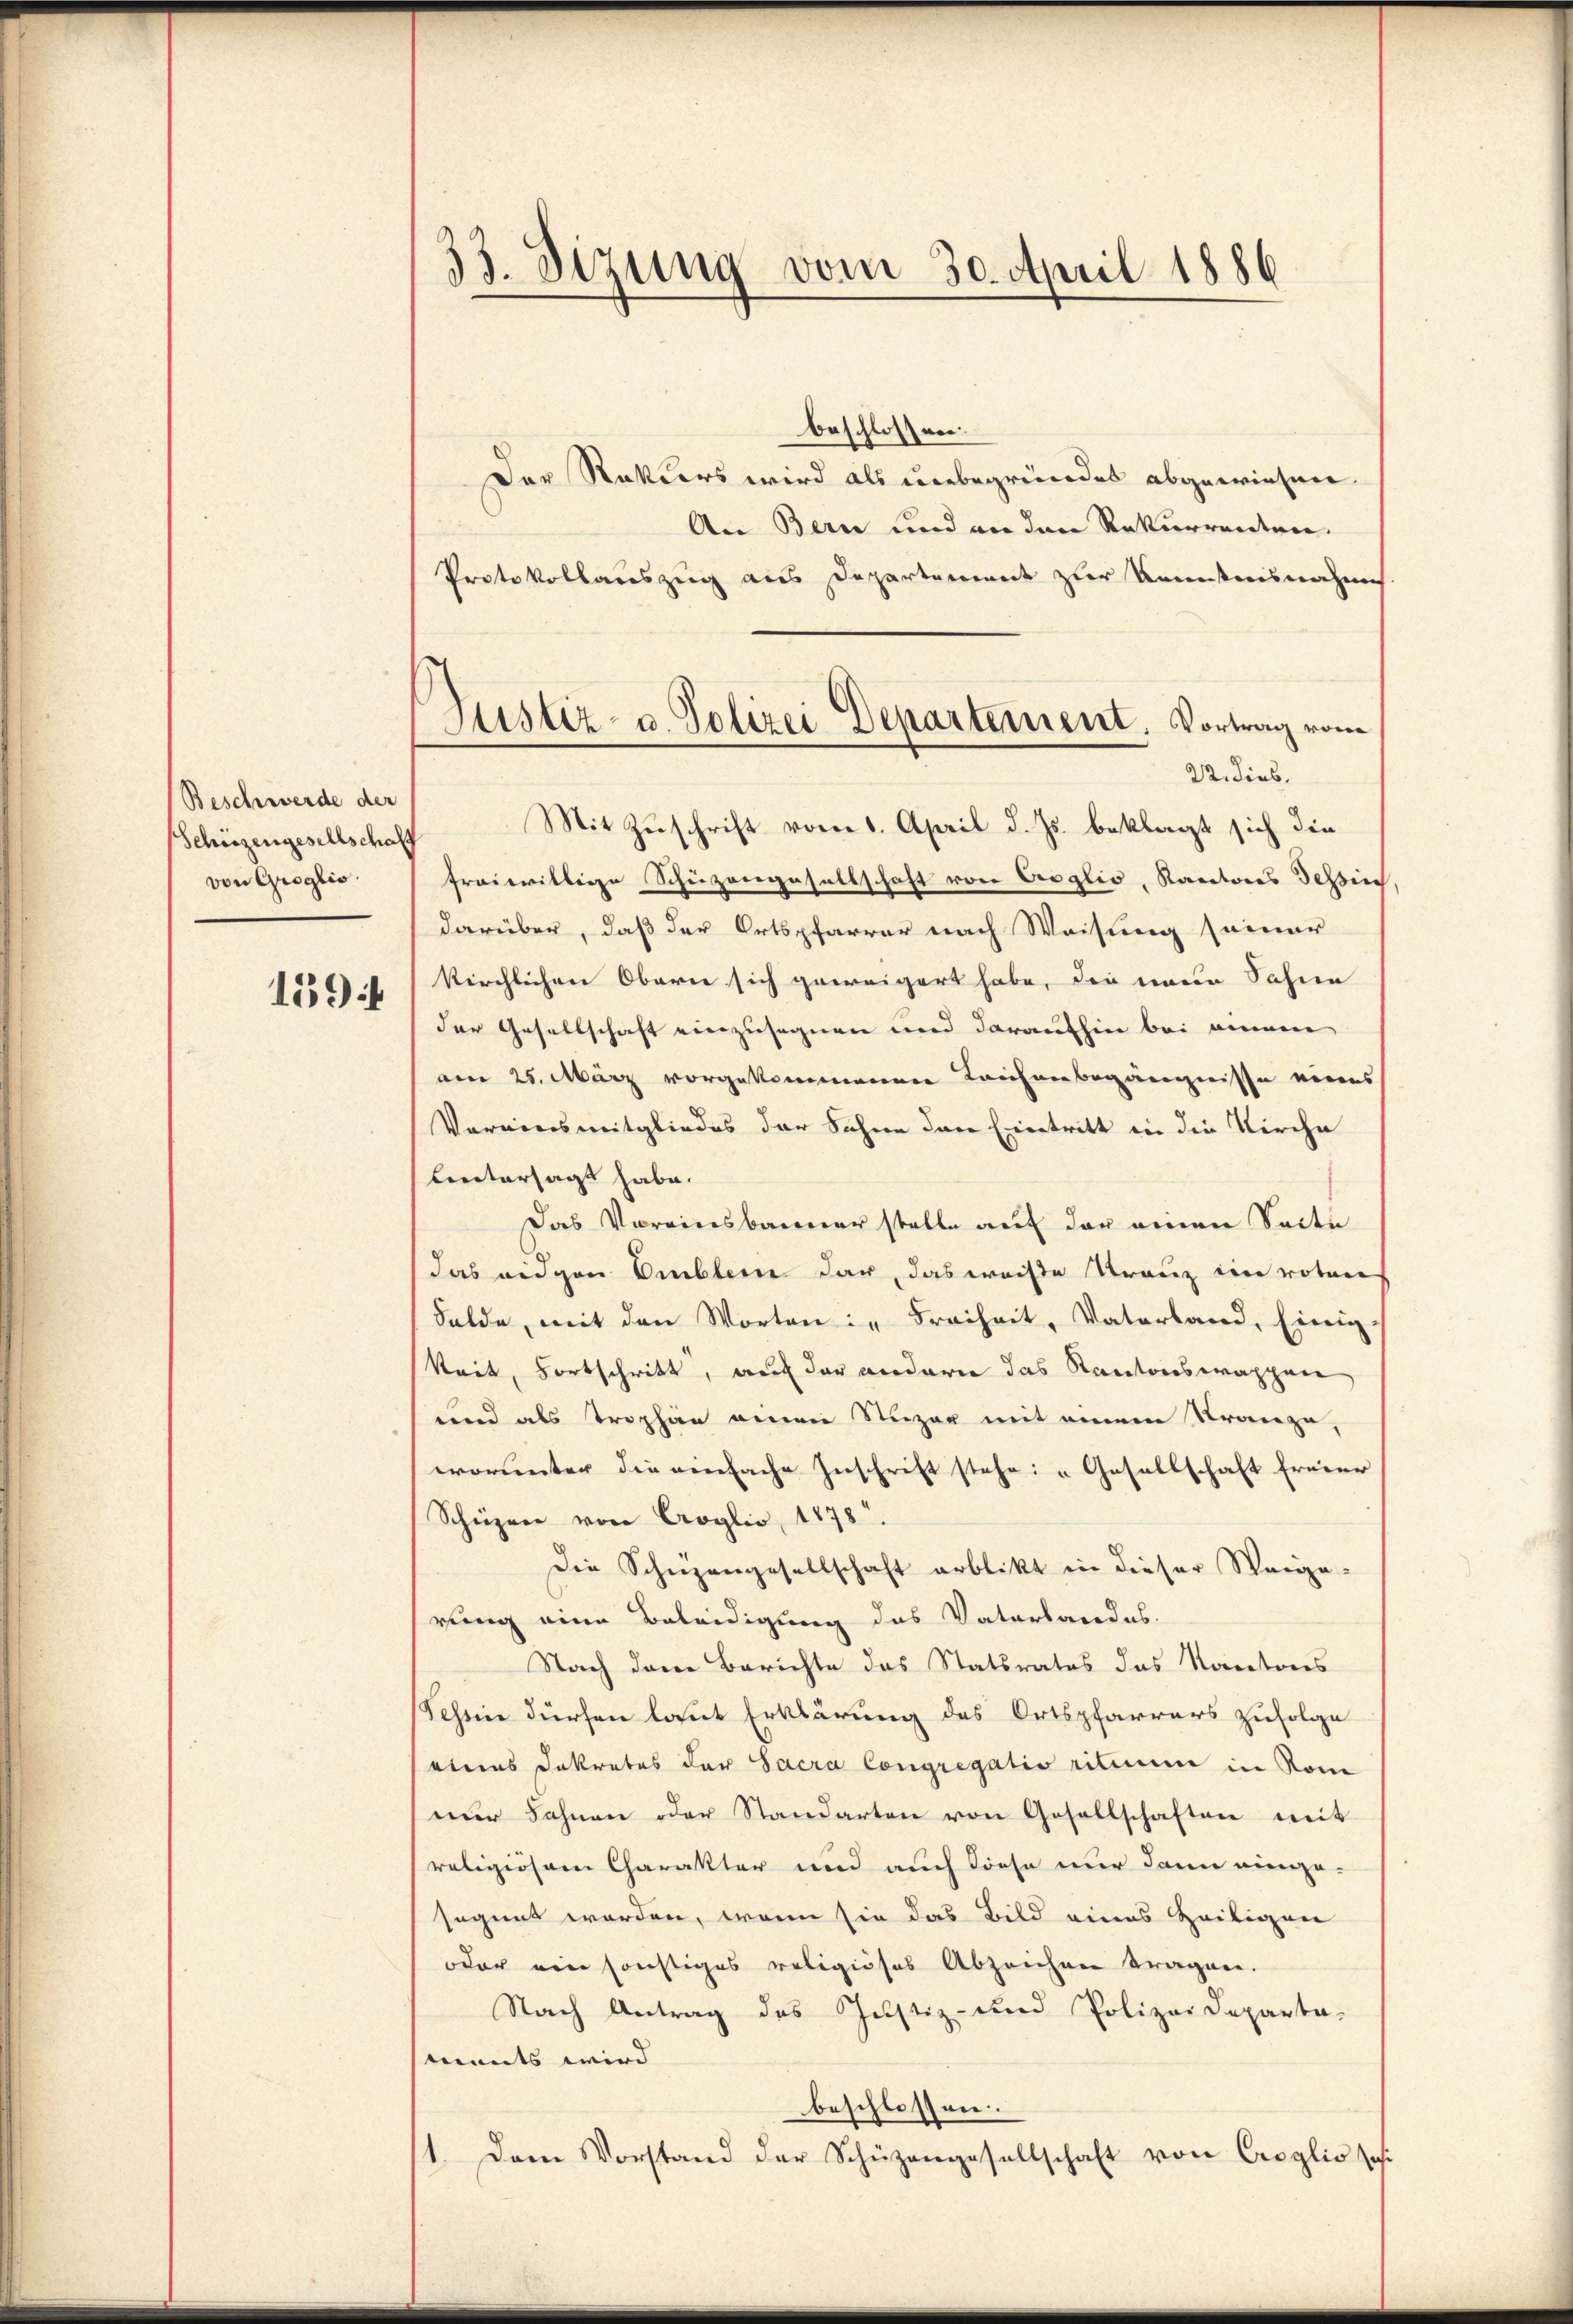
Beschwerde der
Schützengesellschafft
von Groglio.
159

33. Sizung vom 30. April 1886

Justiz- u. Polizei Departement, Vortrag vom
22. dies.

beschlossen:
Der Rekurs wird als unbegründet abgewiesen.
An Bern und an den Rekurrenten.
Protokollauszug aus Departement zur Reinisterischen
Mit Zuschrift vom 1. April d. Js. beklagt sich die
freiwillige Schüzvergesellschaft von Croglio, Kantons Tessin,
darüber, daß der Ortspfarrer nach Weisung seiner
kirchlichen Obern sich geweigert habe, die einem Sahne
der Gesellschaft einzusegnen und daraufhin bei einem
am 25. März vorgekommenen Leichenbegängnisse eines
Vereinsmitgliedes der Sohne den Eintritt in die Kirche
bintersagt habe.
Das Vereinsbanner stelle auf der einen Seite
das eidgen Erbleine dar, das weise Trauz im rotene
Felde, mit den Worten: " Freiheit, Vaterland, Einig-
keit, Fortschritt, auf der andern das Kantonsrappen,
und als Trophan einen Stuzar mit einem Strange,
worunter die einfache Zuschrift stehe: „Gesellschaft freier
Schüzere von Croglio, 1878.
Die Schrezengesellschaft erblickt in dieser Weige-
rung eine Beleidigung des Vaterlandes.
Nach dem Berichte das Statsrates das Kantons
Sehin dürfen laut Erklärung des Ortspfarrers zufolge
eines Dekretes der Sacra Congregatio ritium in Rom
nur Fahnen oder Standarten von Gesellschaften mit
religiösem Charakter und auch diese nur dann einge-
segnet worden, wenn sie das Bild eines Heiligen
oder ein sonstiges religiöses Abzeichen tragnen.
Nach Antrag des Justiz- und Polizei Departa-
ments wird |
beschlossen.
1. Dem Vorstand der Schüzengesellschaft von Croglio seh